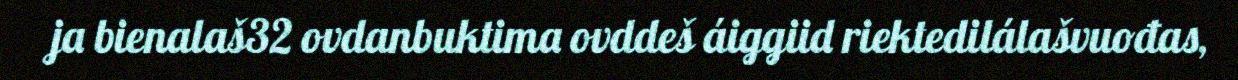
ja bienalaš32 ovdanbuktima ovddeš áiggiid riektedilálašvuođas,